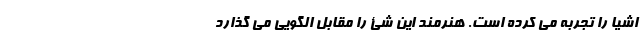
اشیا را تجربه می کرده است. هنرمند این شئ را مقابل الگویی می گذارد